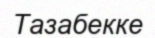
Тазабекке